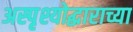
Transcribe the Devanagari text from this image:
अस्पृश्योद्धाराच्या